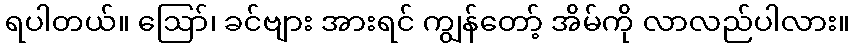
ရပါတယ်။ ဪ၊ ခင်ဗျား အားရင် ကျွန်တော့် အိမ်ကို လာလည်ပါလား။